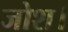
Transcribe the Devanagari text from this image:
जोश।